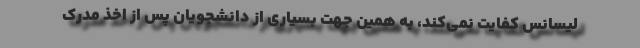
لیسانس کفایت نمی‌کند، به همین جهت بسیاری از دانشجویان پس از اخذ مدرک